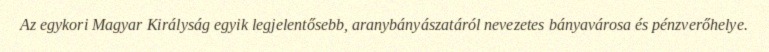
Az egykori Magyar Királyság egyik legjelentősebb, aranybányászatáról nevezetes bányavárosa és pénzverőhelye.